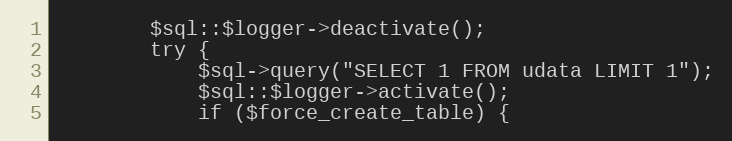
Language: PHP
		$sql::$logger->deactivate();
		try {
			$sql->query("SELECT 1 FROM udata LIMIT 1");
			$sql::$logger->activate();
			if ($force_create_table) {